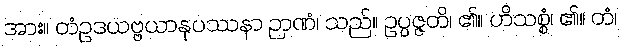
အား။ တံဥဒယဗ္ဗယာနုပဿနာ ဉာဏံ၊ သည်။ ဥပ္ပဇ္ဇတိ၊ ၏။ ဟိသစ္စံ၊ ၏။ တံ၊